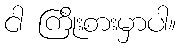
ငါ ကြိုးစားမှာပါ။